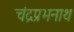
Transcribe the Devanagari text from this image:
चंद्रप्रभनाथ